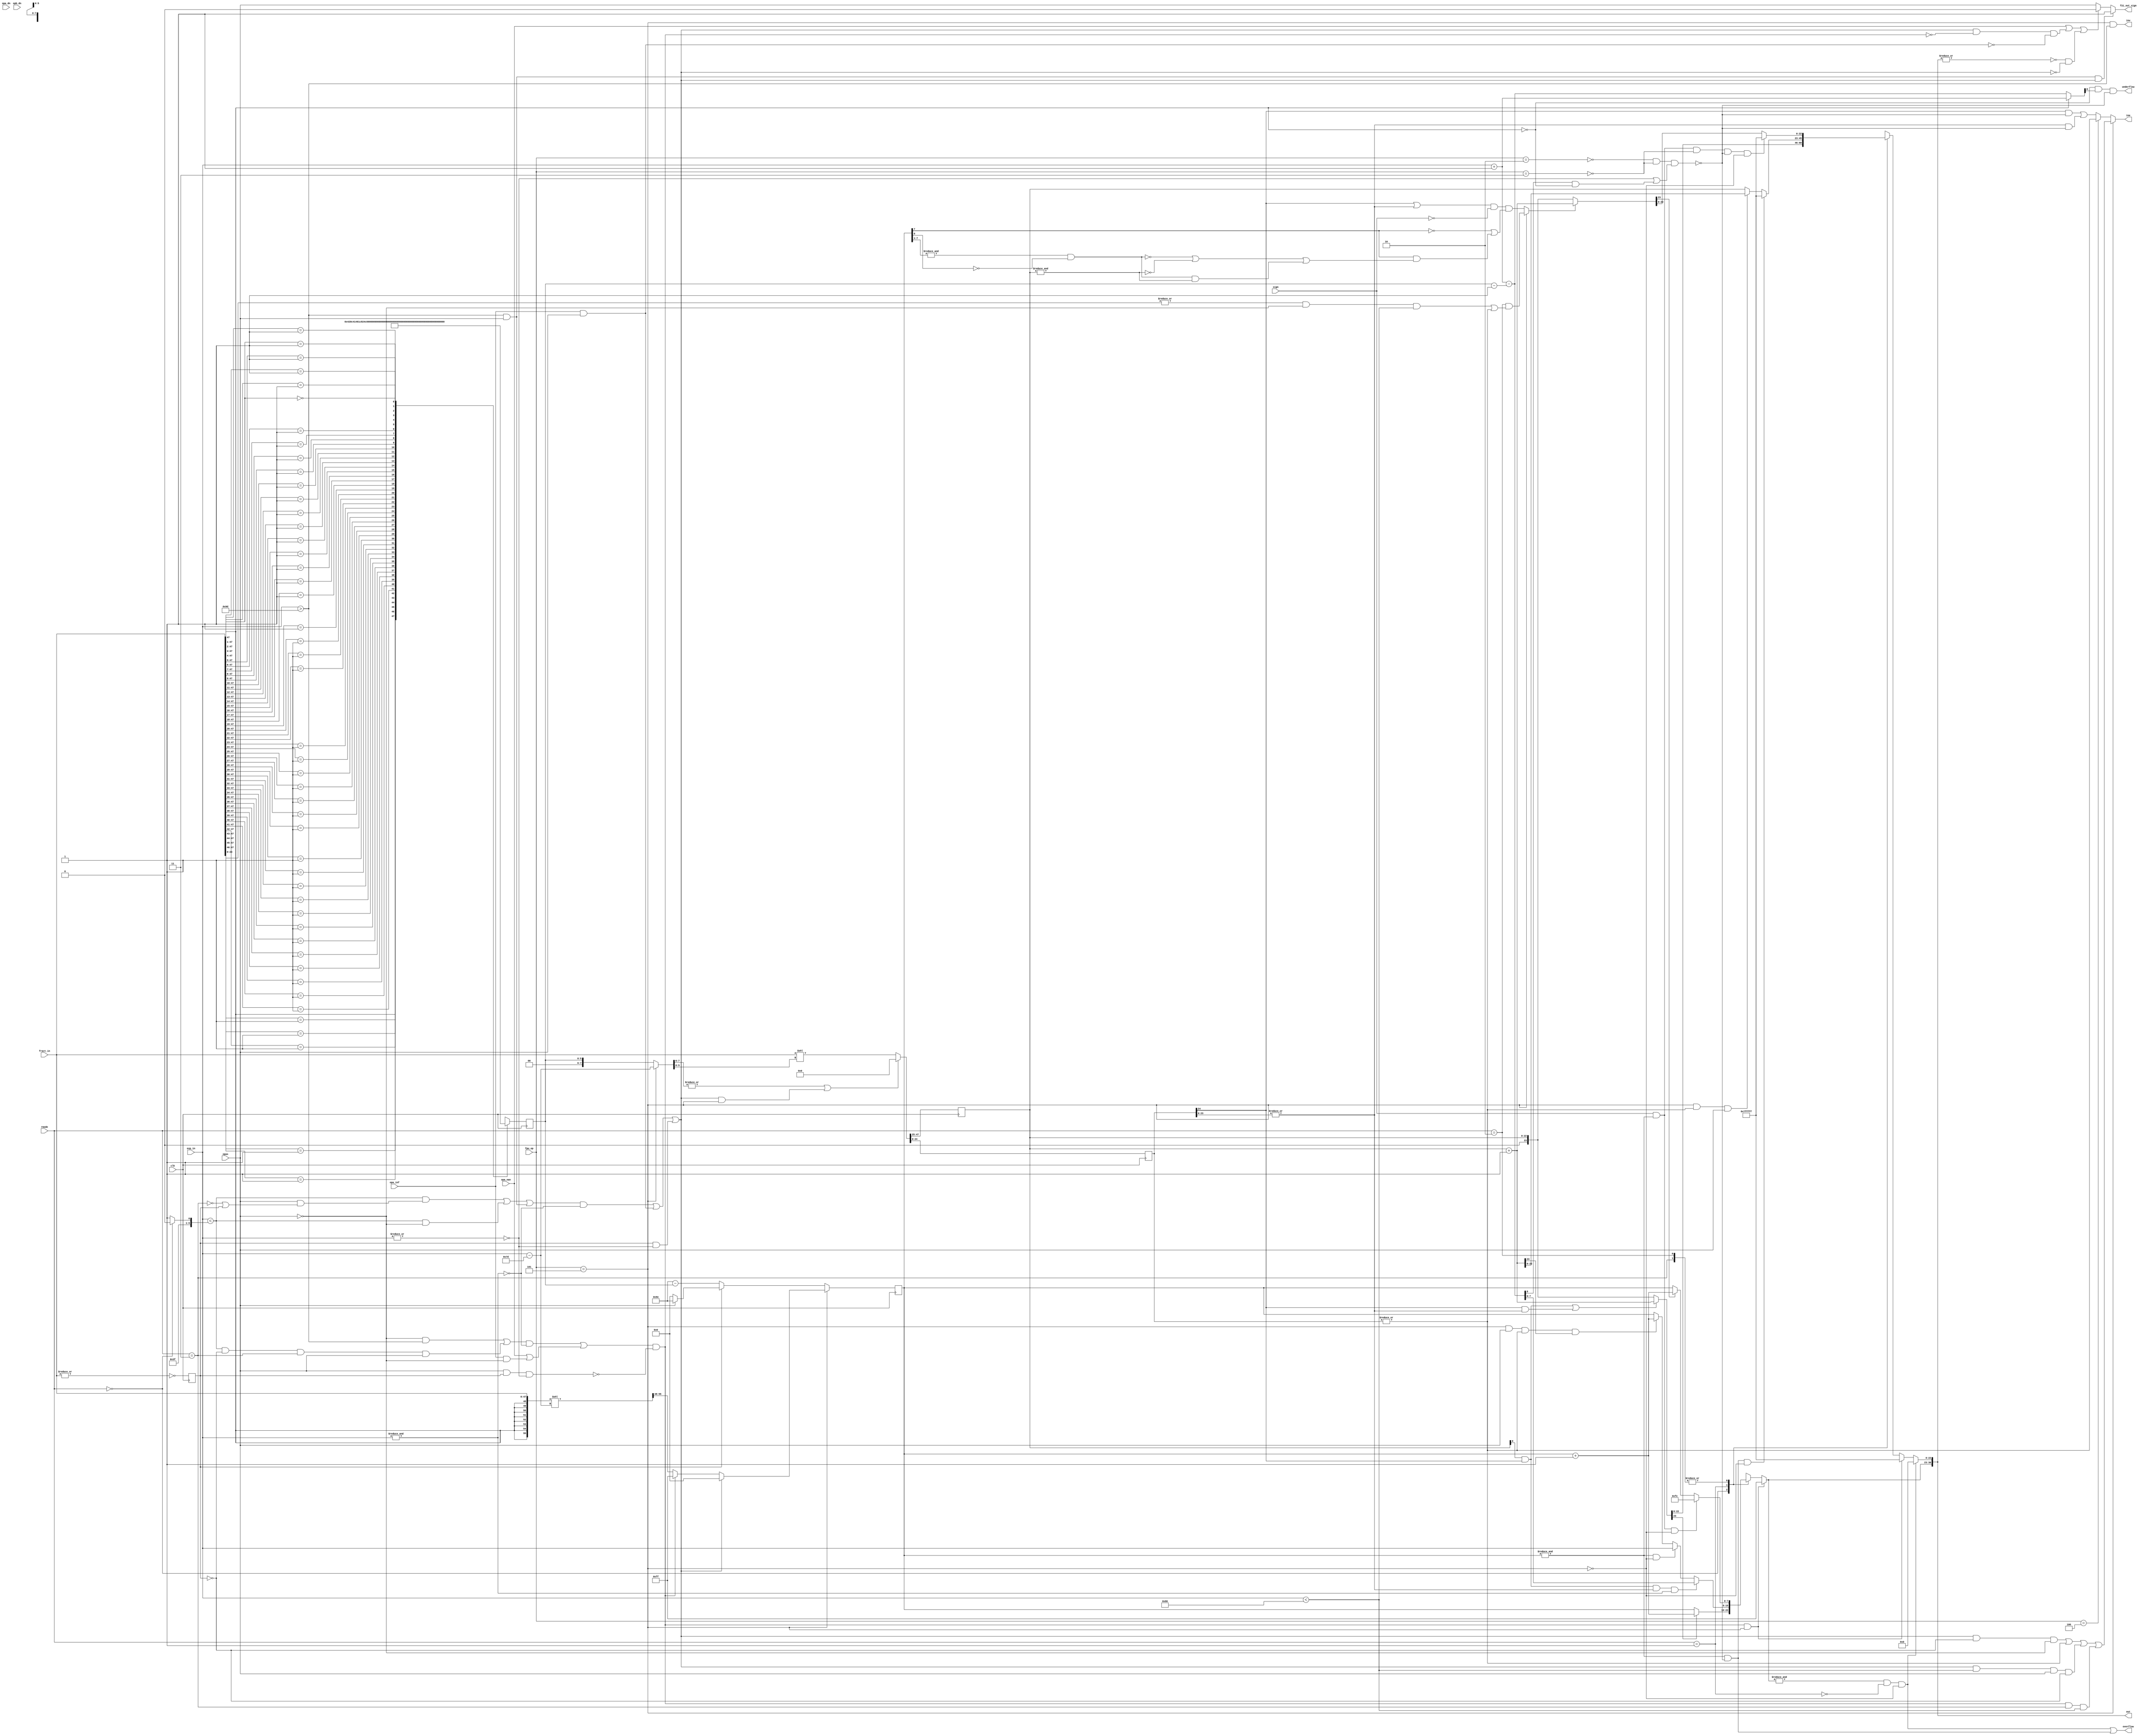
/////////////////////////////////////////////////////////////////////
////                                                             ////
////  or1200_fpu_post_norm_intfloat_conv                         ////
////  Floating Point Post Normalisation Unit                     ////
////                                                             ////
////          rudi@asics.ws                                      ////
//// Modified by Julius Baxter, July, 2010                       ////
////             julius.baxter@orsoc.se                          ////
////                                                             ////
/////////////////////////////////////////////////////////////////////
////                                                             ////
//// Copyright (C) 2000 Rudolf Usselmann                         ////
////                    rudi@asics.ws                            ////
////                                                             ////
//// This source file may be used and distributed without        ////
//// restriction provided that this copyright statement is not   ////
//// removed from the file and that any derivative work contains ////
//// the original copyright notice and the associated disclaimer.////
////                                                             ////
////     THIS SOFTWARE IS PROVIDED ``AS IS'' AND WITHOUT ANY     ////
//// EXPRESS OR IMPLIED WARRANTIES, INCLUDING, BUT NOT LIMITED   ////
//// TO, THE IMPLIED WARRANTIES OF MERCHANTABILITY AND FITNESS   ////
//// FOR A PARTICULAR PURPOSE. IN NO EVENT SHALL THE AUTHOR      ////
//// OR CONTRIBUTORS BE LIABLE FOR ANY DIRECT, INDIRECT,         ////
//// INCIDENTAL, SPECIAL, EXEMPLARY, OR CONSEQUENTIAL DAMAGES    ////
//// (INCLUDING, BUT NOT LIMITED TO, PROCUREMENT OF SUBSTITUTE   ////
//// GOODS OR SERVICES; LOSS OF USE, DATA, OR PROFITS; OR        ////
//// BUSINESS INTERRUPTION) HOWEVER CAUSED AND ON ANY THEORY OF  ////
//// LIABILITY, WHETHER IN  CONTRACT, STRICT LIABILITY, OR TORT  ////
//// (INCLUDING NEGLIGENCE OR OTHERWISE) ARISING IN ANY WAY OUT  ////
//// OF THE USE OF THIS SOFTWARE, EVEN IF ADVISED OF THE         ////
//// POSSIBILITY OF SUCH DAMAGE.                                 ////
////                                                             ////
/////////////////////////////////////////////////////////////////////


`timescale 1ns / 100ps

module or1200_fpu_post_norm_intfloat_conv 
  ( 
    clk, fpu_op, opas, sign, rmode, fract_in, 
    exp_in, opa_dn, opa_nan, opa_inf, opb_dn,  out,
    ine, inv, overflow, underflow, f2i_out_sign
    );
   input		clk;
   input [2:0] 		fpu_op;
   input		opas;
   input		sign;
   input [1:0] 		rmode;
   input [47:0] 	fract_in;
   input [7:0] 		exp_in;
   input		opa_dn, opb_dn;
   input 		opa_nan, opa_inf;
   
   output [30:0] 	out;
   output		ine, inv;
   output		overflow, underflow;
   output		f2i_out_sign;

   ////////////////////////////////////////////////////////////////////////
   //
   // Local Wires and registers
   //

   /*wire*/ reg [22:0] 		fract_out;
   /*wire*/reg [7:0] 		exp_out;
   wire [30:0] 		out;
   wire 		exp_out1_co, overflow, underflow;
   wire [22:0] 		fract_out_final;
   reg [22:0] 		fract_out_rnd;
   wire [8:0] 		exp_next_mi;
   wire 		dn;
   wire 		exp_rnd_adj;
   wire [7:0] 		exp_out_final;
   reg [7:0] 		exp_out_rnd;
   wire 		op_dn = opa_dn | opb_dn;
   wire 		op_mul = fpu_op[2:0]==3'b010;
   wire 		op_div = fpu_op[2:0]==3'b011;
   wire 		op_i2f = fpu_op[2:0]==3'b100;
   wire 		op_f2i = fpu_op[2:0]==3'b101;
   reg [5:0] 		fi_ldz;

   wire 		g, r, s;
   wire 		round, round2, round2a, round2_fasu, round2_fmul;
   wire [7:0] 		exp_out_rnd0, exp_out_rnd1, exp_out_rnd2, exp_out_rnd2a;
   wire [22:0] 		fract_out_rnd0, fract_out_rnd1, fract_out_rnd2, 
			fract_out_rnd2a;
   wire 		exp_rnd_adj0, exp_rnd_adj2a;
   wire 		r_sign;
   wire 		ovf0, ovf1;
   wire [23:0] 		fract_out_pl1;
   wire [7:0] 		exp_out_pl1, exp_out_mi1;
   wire 		exp_out_00, exp_out_fe, exp_out_ff, exp_in_00, 
			exp_in_ff;
   wire 		exp_out_final_ff, fract_out_7fffff;
   /*wire*/reg [24:0] 		fract_trunc;
   wire [7:0] 		exp_out1;
   wire 		grs_sel;
   wire 		fract_out_00;
   reg 			fract_in_00;
   wire 		shft_co;
   wire [8:0] 		exp_in_pl1, exp_in_mi1;
   wire [47:0] 		fract_in_shftr;
   wire [47:0] 		fract_in_shftl;

   wire [7:0] 		shft2;
   wire [7:0] 		exp_out1_mi1;

   wire [6:0] 		fi_ldz_2a;
   wire [7:0] 		fi_ldz_2;

   wire 		left_right;   
   wire [7:0] 		shift_right;
   wire [7:0] 		shift_left;   
   wire [7:0] 		fasu_shift;

   wire [5:0] 		fi_ldz_mi1;
   wire [5:0] 		fi_ldz_mi22;
   wire [6:0] 		ldz_all;

   wire [7:0] 		f2i_shft;
   wire [55:0] 		exp_f2i_1;
   wire 		f2i_zero, f2i_max;
   wire [7:0] 		f2i_emin;
   wire 		f2i_exp_gt_max ,f2i_exp_lt_min;
   wire [7:0] 		conv_shft;
   wire [7:0] 		exp_i2f, exp_f2i, conv_exp;
   wire 		round2_f2i;

   ////////////////////////////////////////////////////////////////////////
   //
   // Normalize and Round Logic
   //

   // ---------------------------------------------------------------------
   // Count Leading zeros in fraction

   always @(/*fract_in*/ posedge clk)
     casez(fract_in)	// synopsys full_case parallel_case
       48'b1???????????????????????????????????????????????: fi_ldz <=  1;
       48'b01??????????????????????????????????????????????: fi_ldz <=  2;
       48'b001?????????????????????????????????????????????: fi_ldz <=  3;
       48'b0001????????????????????????????????????????????: fi_ldz <=  4;
       48'b00001???????????????????????????????????????????: fi_ldz <=  5;
       48'b000001??????????????????????????????????????????: fi_ldz <=  6;
       48'b0000001?????????????????????????????????????????: fi_ldz <=  7;
       48'b00000001????????????????????????????????????????: fi_ldz <=  8;
       48'b000000001???????????????????????????????????????: fi_ldz <=  9;
       48'b0000000001??????????????????????????????????????: fi_ldz <=  10;
       48'b00000000001?????????????????????????????????????: fi_ldz <=  11;
       48'b000000000001????????????????????????????????????: fi_ldz <=  12;
       48'b0000000000001???????????????????????????????????: fi_ldz <=  13;
       48'b00000000000001??????????????????????????????????: fi_ldz <=  14;
       48'b000000000000001?????????????????????????????????: fi_ldz <=  15;
       48'b0000000000000001????????????????????????????????: fi_ldz <=  16;
       48'b00000000000000001???????????????????????????????: fi_ldz <=  17;
       48'b000000000000000001??????????????????????????????: fi_ldz <=  18;
       48'b0000000000000000001?????????????????????????????: fi_ldz <=  19;
       48'b00000000000000000001????????????????????????????: fi_ldz <=  20;
       48'b000000000000000000001???????????????????????????: fi_ldz <=  21;
       48'b0000000000000000000001??????????????????????????: fi_ldz <=  22;
       48'b00000000000000000000001?????????????????????????: fi_ldz <=  23;
       48'b000000000000000000000001????????????????????????: fi_ldz <=  24;
       48'b0000000000000000000000001???????????????????????: fi_ldz <=  25;
       48'b00000000000000000000000001??????????????????????: fi_ldz <=  26;
       48'b000000000000000000000000001?????????????????????: fi_ldz <=  27;
       48'b0000000000000000000000000001????????????????????: fi_ldz <=  28;
       48'b00000000000000000000000000001???????????????????: fi_ldz <=  29;
       48'b000000000000000000000000000001??????????????????: fi_ldz <=  30;
       48'b0000000000000000000000000000001?????????????????: fi_ldz <=  31;
       48'b00000000000000000000000000000001????????????????: fi_ldz <=  32;
       48'b000000000000000000000000000000001???????????????: fi_ldz <=  33;
       48'b0000000000000000000000000000000001??????????????: fi_ldz <=  34;
       48'b00000000000000000000000000000000001?????????????: fi_ldz <=  35;
       48'b000000000000000000000000000000000001????????????: fi_ldz <=  36;
       48'b0000000000000000000000000000000000001???????????: fi_ldz <=  37;
       48'b00000000000000000000000000000000000001??????????: fi_ldz <=  38;
       48'b000000000000000000000000000000000000001?????????: fi_ldz <=  39;
       48'b0000000000000000000000000000000000000001????????: fi_ldz <=  40;
       48'b00000000000000000000000000000000000000001???????: fi_ldz <=  41;
       48'b000000000000000000000000000000000000000001??????: fi_ldz <=  42;
       48'b0000000000000000000000000000000000000000001?????: fi_ldz <=  43;
       48'b00000000000000000000000000000000000000000001????: fi_ldz <=  44;
       48'b000000000000000000000000000000000000000000001???: fi_ldz <=  45;
       48'b0000000000000000000000000000000000000000000001??: fi_ldz <=  46;
       48'b00000000000000000000000000000000000000000000001?: fi_ldz <=  47;
       48'b00000000000000000000000000000000000000000000000?: fi_ldz <=  48;
     endcase


   // ---------------------------------------------------------------------
   // Normalize

   wire 		exp_in_80;
   wire 		rmode_00, rmode_01, rmode_10, rmode_11;

   // Misc common signals
   assign exp_in_ff        = &exp_in;
   assign exp_in_00        = !(|exp_in);
   assign exp_in_80	= exp_in[7] & !(|exp_in[6:0]);
   assign exp_out_ff       = &exp_out;
   assign exp_out_00       = !(|exp_out);
   assign exp_out_fe       = &exp_out[7:1] & !exp_out[0];
   assign exp_out_final_ff = &exp_out_final;

   assign fract_out_7fffff = &fract_out;
   assign fract_out_00     = !(|fract_out);
   //assign fract_in_00      = !(|fract_in);
   always @(posedge clk)
     fract_in_00  <= !(|fract_in);

   assign rmode_00 = (rmode==2'b00);
   assign rmode_01 = (rmode==2'b01);
   assign rmode_10 = (rmode==2'b10);
   assign rmode_11 = (rmode==2'b11);

   // Fasu Output will be denormalized ...
   assign dn = !op_mul & !op_div & 
	       (exp_in_00 | (exp_next_mi[8] & !fract_in[47]) );

   // ---------------------------------------------------------------------
   // Fraction Normalization
   parameter	f2i_emax = 8'h9d;

   // Special Signals for f2i
   assign f2i_emin = rmode_00 ? 8'h7e : 8'h7f;
   
   assign f2i_exp_gt_max = (exp_in > f2i_emax);
   assign f2i_exp_lt_min = (exp_in < f2i_emin);
   
   // Incremented fraction for rounding
   assign fract_out_pl1 = fract_out + 1;

   /*
    assign f2i_zero = (!opas & (exp_in<f2i_emin)) | 
    (opas & (exp_in>f2i_emax)) | 
    (opas & (exp_in<f2i_emin) & (fract_in_00 | !rmode_11));

    assign f2i_max = (!opas & (exp_in>f2i_emax)) | 
    (opas & (exp_in<f2i_emin) & !fract_in_00 & rmode_11);
    */
   // Zero when :
   // a) too small exp. and positive sign - result will be 0
   // b) too big exp. and negative sign - result will be largest possible -int
   // c) -infinity: largest possible -int
   // d) -0.0: give positive 0
   assign f2i_zero = (
		      ( (f2i_exp_lt_min & (opas & (!rmode_11 | fract_in_00))) |
			(f2i_exp_lt_min & !opas) |
			(f2i_exp_gt_max & opas) )
		      & !(&exp_in)
		      ) |
		     // -inf case
		     (opa_inf & opas) |
		       // -0.0 case
		       (fract_in_00 & exp_in_00);

   // Maximum :
   // a) too big exp and positive sign - result will be maximum int.
   // b) rounding negative down and less than minimum expon. for int = -1
   // c) +/- NaN or +inf - result will be maximum int
   // d) disabled when the -0.0 case comes up
   assign f2i_max = (
		     ( ((!opas & f2i_exp_gt_max) | 
			(f2i_exp_lt_min & !fract_in_00 & rmode_11 & opas)) 
		       & !(&exp_in)) |
		     // Either +/- NaN, or +inf
		     (opa_nan | (opa_inf & !opas))) &
		    // .. and NOT -0.0( 0x80000000)
                    !(opas & fract_in_00 & exp_in_00);
   
   // Claculate various shifting options
   assign f2i_shft  = exp_in-8'h7d;

   assign conv_shft = op_f2i ? f2i_shft : {2'h0, fi_ldz};

   assign fract_in_shftl   = (|conv_shft[7:6] | (f2i_zero & op_f2i)) ? 
			     0 : fract_in<<conv_shft[5:0];

   // Final fraction output
   always @(posedge clk)
     {fract_out,fract_trunc} <= fract_in_shftl;
   

   // ---------------------------------------------------------------------
   // Exponent Normalization

   assign fi_ldz_mi1    = fi_ldz - 1;
   assign fi_ldz_mi22   = fi_ldz - 22;
   assign exp_out_pl1   = exp_out + 1;
   assign exp_out_mi1   = exp_out - 1;
   assign exp_in_pl1    = exp_in  + 1;	// 9 bits - includes carry out
   assign exp_in_mi1    = exp_in  - 1;	// 9 bits - includes carry out
   assign exp_out1_mi1  = exp_out1 - 1;

   assign exp_next_mi  = exp_in_pl1 - 
			 {3'd0,fi_ldz_mi1}; // 9 bits - includes carry out

   assign {exp_out1_co, exp_out1} = fract_in[47] ? exp_in_pl1 : exp_next_mi;
   
   // Only ever force positive if:
   // i) It's a NaN
   // ii) It's zero and not -inf
   // iii) We've rounded to 0 (both fract and exp out are 0 and not forced)
   // Force to 1 (negative) when have negative sign with too big exponent
   assign f2i_out_sign = (opas & (exp_in>f2i_emax) & f2i_zero) ?
			 1 : opa_nan | (f2i_zero & !f2i_max & !(opa_inf & opas))
			   | (!(|out) & !f2i_zero)
			     ? 
			 0 :opas;

   assign exp_i2f   = fract_in_00 ? (opas ? 8'h9e : 0) : (8'h9e-{2'd0,fi_ldz});
   assign exp_f2i_1 = {{8{fract_in[47]}}, fract_in }<<f2i_shft;
   assign exp_f2i   = f2i_zero ? 0 : f2i_max ? 8'hff : exp_f2i_1[55:48];
   assign conv_exp  = op_f2i ? exp_f2i : exp_i2f;

   //assign exp_out = conv_exp;
   always @(posedge clk)
     exp_out <= conv_exp;
   

   assign ldz_all   = {1'b0,fi_ldz};
   assign fi_ldz_2a = 6'd23 - fi_ldz;
   assign fi_ldz_2  = {fi_ldz_2a[6], fi_ldz_2a[6:0]};


   // ---------------------------------------------------------------------
   // Round

   // Extract rounding (GRS) bits
   assign g = fract_out[0];
   assign r = fract_trunc[24];
   assign s = |fract_trunc[23:0];

   // Round to nearest even
   assign round = (g & r) | (r & s) ;
   assign {exp_rnd_adj0, fract_out_rnd0} = round ? 
					   fract_out_pl1 : {1'b0, fract_out};
   
   assign exp_out_rnd0 =  exp_rnd_adj0 ? exp_out_pl1 : exp_out;
   
   assign ovf0 = exp_out_final_ff & !rmode_01 & !op_f2i;

   // round to zero
   // Added detection of sign and rounding up in case of negative ftoi! - JPB
   assign fract_out_rnd1 = (exp_out_ff  & !dn & !op_f2i) ? 
			   23'h7fffff : 
			   (op_f2i & (|fract_trunc) & opas) ? 
			   fract_out_pl1[22:0] : fract_out ;

   assign exp_out_rnd1 = (g & r & s & exp_in_ff) ? 
			 exp_next_mi[7:0] : (exp_out_ff & !op_f2i) ? 
			 exp_in : 
			 (op_f2i & opas & (|fract_trunc) & fract_out_pl1[23]) ? 
			 exp_out_pl1: exp_out;

   assign ovf1 = exp_out_ff & !dn;

   // round to +inf (UP) and -inf (DOWN)
   assign r_sign = sign;

   assign round2a = !exp_out_fe | !fract_out_7fffff | 
		    (exp_out_fe & fract_out_7fffff);

   assign round2_fasu = ((r | s) & !r_sign) & (!exp_out[7] | 
					       (exp_out[7] & round2a));

   assign round2_f2i = rmode_10 & 
		       (( |fract_in[23:0] & !opas & (exp_in<8'h80 )) | 
			(|fract_trunc));
   
   assign round2 = op_f2i ? round2_f2i : round2_fasu;

   assign {exp_rnd_adj2a, fract_out_rnd2a} = round2 ? fract_out_pl1 : 
					     {1'b0, fract_out};
   
   assign exp_out_rnd2a  = exp_rnd_adj2a ?  exp_out_pl1 : exp_out;

   assign fract_out_rnd2 = (r_sign & exp_out_ff & !op_div & !dn & !op_f2i) ? 
			   23'h7fffff : fract_out_rnd2a;
   
   assign exp_out_rnd2   = (r_sign & exp_out_ff & !op_f2i) ? 
			   8'hfe      : exp_out_rnd2a;


   // Choose rounding mode
   always @(rmode or exp_out_rnd0 or exp_out_rnd1 or exp_out_rnd2)
     case(rmode)	// synopsys full_case parallel_case
       0: exp_out_rnd = exp_out_rnd0;
       1: exp_out_rnd = exp_out_rnd1;
       2,3: exp_out_rnd = exp_out_rnd2;
     endcase

   always @(rmode or fract_out_rnd0 or fract_out_rnd1 or fract_out_rnd2)
     case(rmode)	// synopsys full_case parallel_case
       0: fract_out_rnd = fract_out_rnd0;
       1: fract_out_rnd = fract_out_rnd1;
       2,3: fract_out_rnd = fract_out_rnd2;
     endcase
   
   // ---------------------------------------------------------------------
   // Final Output Mux
   // Fix Output for denormalized and special numbers

   assign fract_out_final = ovf0 ? 23'h0 :
			    (f2i_max & op_f2i) ? 23'h7fffff :
			    fract_out_rnd;
   
   assign exp_out_final = (f2i_max & op_f2i) ? 8'hff :  exp_out_rnd;

   // ---------------------------------------------------------------------
   // Pack Result
   
   assign out = {exp_out_final, fract_out_final};
   
   // ---------------------------------------------------------------------
   // Exceptions
   
   
   assign underflow = (!fract_in[47] & exp_out1_co) & !dn;
   
   
   assign overflow  = ovf0 | ovf1;
   
   wire 		f2i_ine;
   wire 		exp_in_lt_half = (exp_in<8'h80);
   
   assign f2i_ine = (f2i_zero & !fract_in_00 & !opas) |
		    (|fract_trunc) |
		    (f2i_zero & exp_in_lt_half  & opas & !fract_in_00) |
		    (f2i_max & rmode_11 & (exp_in<8'h80));

   assign ine =	op_f2i ? f2i_ine :
	       op_i2f ? (|fract_trunc) :
	       ((r & !dn) | (s & !dn) );

   assign inv = op_f2i & (exp_in > f2i_emax);
   
   

endmodule // or1200_fpu_post_norm_intfloat_conv